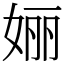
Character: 㛤